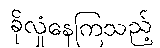
ခိုလှုံနေကြသည့်